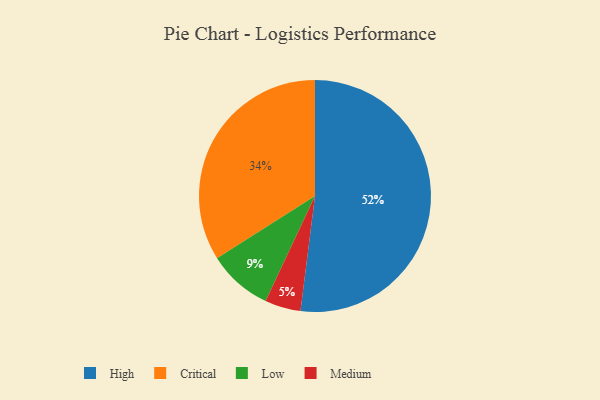
{"axis": {"x": "Category", "y": "Percentage"}, "legend": ["Critical", "High", "Low", "Medium"], "data": [{"x": "Medium", "y": 5, "type": "Medium"}, {"x": "Low", "y": 9, "type": "Low"}, {"x": "High", "y": 52, "type": "High"}, {"x": "Critical", "y": 34, "type": "Critical"}]}